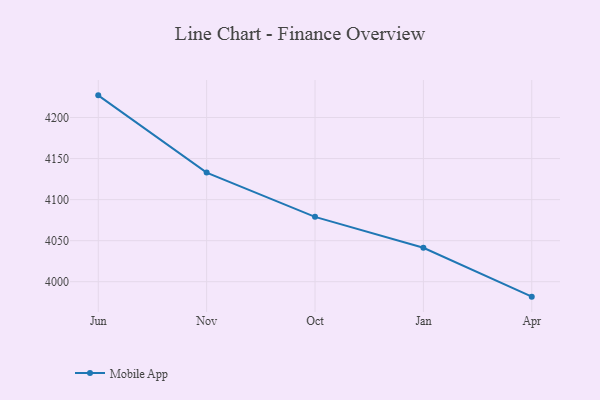
{"axis": {"x": "Month", "y": "Demand Index"}, "legend": ["Mobile App"], "data": [{"x": "Jun", "y": 4227.0, "type": "Mobile App"}, {"x": "Nov", "y": 4132.9, "type": "Mobile App"}, {"x": "Oct", "y": 4079.0, "type": "Mobile App"}, {"x": "Jan", "y": 4041.4, "type": "Mobile App"}, {"x": "Apr", "y": 3981.8, "type": "Mobile App"}]}